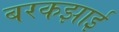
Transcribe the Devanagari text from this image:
बरकझाई